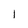
Character: l